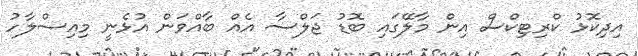
އިދިކޮޅު ކްރިޓިކްސް އިން މާލޭގައި ބޮޑު ޖަލްސާ އެއް ބާއްވަން އުޅެނީ މިއިސްލާހު